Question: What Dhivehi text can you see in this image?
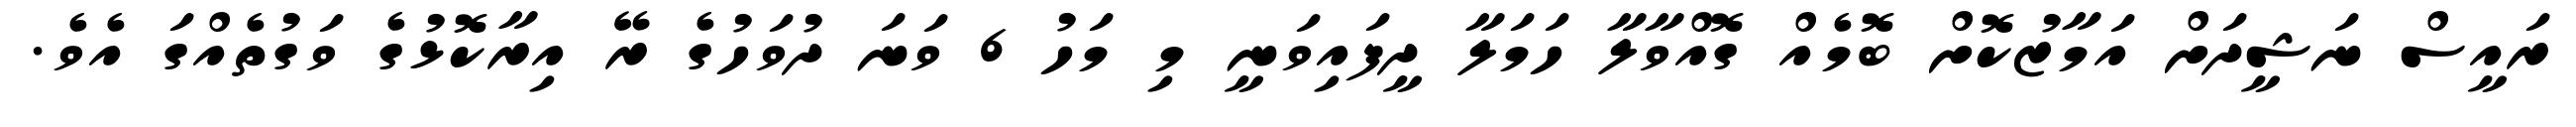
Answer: ރައީސް ނަޝީދަށް އަމާޒުކޮށް ބޮމެއް ގޮއްވާލާ ހަމަލާ ދީފައިވަނީ މި މަހު 6 ވަނަ ދުވަހުގެ ރޭ އިރާކޮޅުގެ ވަގުތެއްގަ އެވެ.